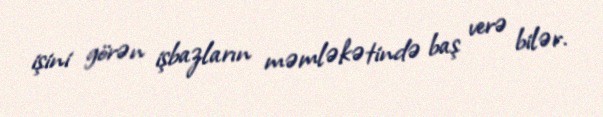
işini görən işbazların məmləkətində baş verə bilər.